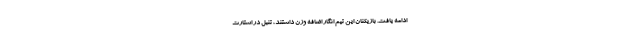
ادامه یافت. بازیکنان این تیم انگار اضافه وزن داشتند، تنبل در استارت